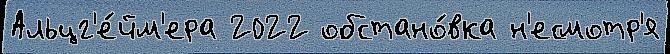
Альцг'е́йм'ера 2022 обстано́вка н'есмотр'я